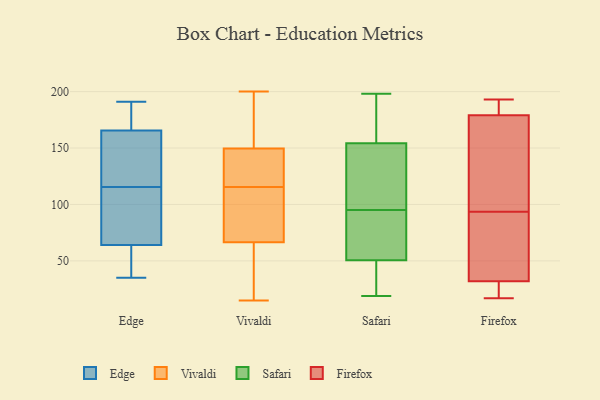
{"axis": {"x": "Population (Million)", "y": "Value"}, "legend": ["Edge", "Firefox", "Safari", "Vivaldi"], "data": [{"x": "", "y": 103, "type": "Edge"}, {"x": "", "y": 51, "type": "Edge"}, {"x": "", "y": 35, "type": "Edge"}, {"x": "", "y": 128, "type": "Edge"}, {"x": "", "y": 156, "type": "Edge"}, {"x": "", "y": 190, "type": "Edge"}, {"x": "", "y": 65, "type": "Edge"}, {"x": "", "y": 137, "type": "Edge"}, {"x": "", "y": 175, "type": "Edge"}, {"x": "", "y": 54, "type": "Edge"}, {"x": "", "y": 44, "type": "Edge"}, {"x": "", "y": 86, "type": "Edge"}, {"x": "", "y": 134, "type": "Edge"}, {"x": "", "y": 82, "type": "Edge"}, {"x": "", "y": 174, "type": "Edge"}, {"x": "", "y": 157, "type": "Edge"}, {"x": "", "y": 185, "type": "Edge"}, {"x": "", "y": 191, "type": "Edge"}, {"x": "", "y": 102, "type": "Edge"}, {"x": "", "y": 63, "type": "Edge"}, {"x": "", "y": 172, "type": "Vivaldi"}, {"x": "", "y": 175, "type": "Vivaldi"}, {"x": "", "y": 68, "type": "Vivaldi"}, {"x": "", "y": 121, "type": "Vivaldi"}, {"x": "", "y": 118, "type": "Vivaldi"}, {"x": "", "y": 24, "type": "Vivaldi"}, {"x": "", "y": 140, "type": "Vivaldi"}, {"x": "", "y": 21, "type": "Vivaldi"}, {"x": "", "y": 111, "type": "Vivaldi"}, {"x": "", "y": 200, "type": "Vivaldi"}, {"x": "", "y": 66, "type": "Vivaldi"}, {"x": "", "y": 15, "type": "Vivaldi"}, {"x": "", "y": 156, "type": "Vivaldi"}, {"x": "", "y": 143, "type": "Vivaldi"}, {"x": "", "y": 113, "type": "Vivaldi"}, {"x": "", "y": 67, "type": "Vivaldi"}, {"x": "", "y": 100, "type": "Safari"}, {"x": "", "y": 52, "type": "Safari"}, {"x": "", "y": 157, "type": "Safari"}, {"x": "", "y": 20, "type": "Safari"}, {"x": "", "y": 100, "type": "Safari"}, {"x": "", "y": 68, "type": "Safari"}, {"x": "", "y": 27, "type": "Safari"}, {"x": "", "y": 92, "type": "Safari"}, {"x": "", "y": 195, "type": "Safari"}, {"x": "", "y": 146, "type": "Safari"}, {"x": "", "y": 50, "type": "Safari"}, {"x": "", "y": 19, "type": "Safari"}, {"x": "", "y": 95, "type": "Safari"}, {"x": "", "y": 20, "type": "Safari"}, {"x": "", "y": 68, "type": "Safari"}, {"x": "", "y": 198, "type": "Safari"}, {"x": "", "y": 181, "type": "Safari"}, {"x": "", "y": 132, "type": "Safari"}, {"x": "", "y": 168, "type": "Safari"}, {"x": "", "y": 32, "type": "Firefox"}, {"x": "", "y": 77, "type": "Firefox"}, {"x": "", "y": 17, "type": "Firefox"}, {"x": "", "y": 189, "type": "Firefox"}, {"x": "", "y": 110, "type": "Firefox"}, {"x": "", "y": 19, "type": "Firefox"}, {"x": "", "y": 30, "type": "Firefox"}, {"x": "", "y": 46, "type": "Firefox"}, {"x": "", "y": 157, "type": "Firefox"}, {"x": "", "y": 49, "type": "Firefox"}, {"x": "", "y": 193, "type": "Firefox"}, {"x": "", "y": 119, "type": "Firefox"}, {"x": "", "y": 179, "type": "Firefox"}, {"x": "", "y": 59, "type": "Firefox"}, {"x": "", "y": 179, "type": "Firefox"}, {"x": "", "y": 17, "type": "Firefox"}, {"x": "", "y": 122, "type": "Firefox"}, {"x": "", "y": 191, "type": "Firefox"}]}